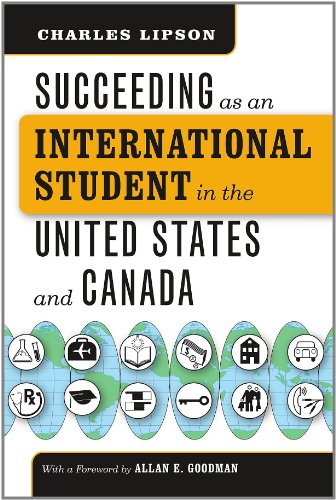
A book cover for Succeeding as an International Student in the United States and Canada (Chicago Guides to Academic Life); Charles Lipson; Travel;